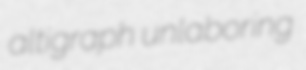
altigraph unlaboring